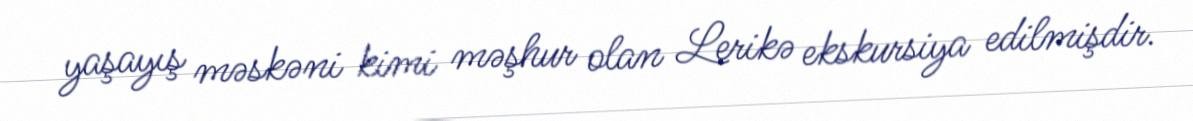
yaşayış məskəni kimi məşhur olan Lerikə ekskursiya edilmişdir.